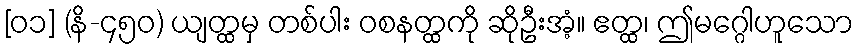
[၀၁] (နိ-၄၅၀) ယျတ္ထမှ တစ်ပါး ဝစနတ္ထကို ဆိုဦးအံ့။ ဧတ္ထ၊ ဤမဂ္ဂေါဟူသော